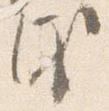
儀